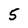
Character: 5